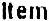
ITEM